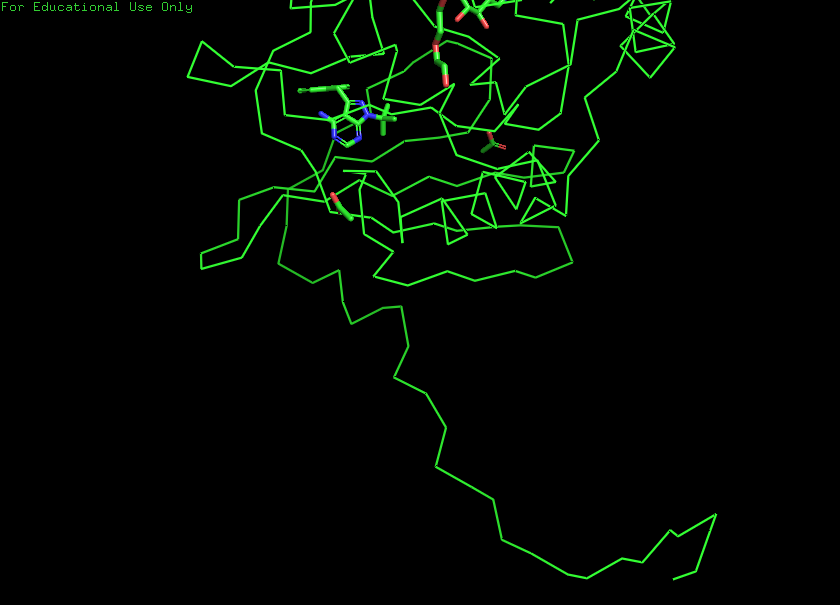
pymol, preset, simple_no_solv